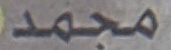
مجمد